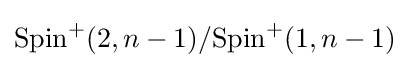
{\mathrm {Spin} ^{+}(2,n-1)}/{\mathrm {Spin} ^{+}(1,n-1)}